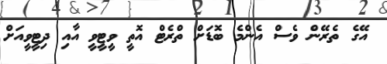
އޭގެ ތެރޭން ވެސް އެންމެ ބޮޑަށް ތްރެޓް އޮތީ ވީޓީވީ އާއި ދިޓީވީއަށް